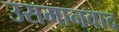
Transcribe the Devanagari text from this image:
उसमानवाद